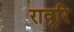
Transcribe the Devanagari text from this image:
रावूरि